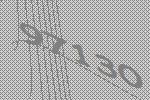
97130